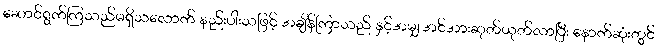
ဆောင်ရွက်ကြသည်မရှိသလောက် နည်းပါးသဖြင့် အချိန်ကြာသည် နှင့်အမျှ အင်အားဆုတ်ယုတ်လာပြီး နောက်ဆုံးတွင်